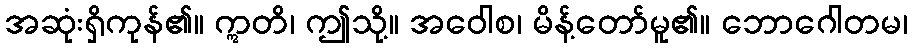
အဆုံးရှိကုန်၏။ ဣတိ၊ ဤသို့။ အဝေါစ၊ မိန့်တော်မူ၏။ ဘောဂေါတမ၊